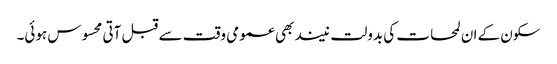
سکون کے ان لمحات کی بدولت نیند بھی عمومی وقت سے قبل آتی محسوس ہوئی۔